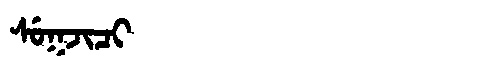
Manchu: ᠰᡠᡴᠵᡳᠴᡳ
Romanization: SUKJICI